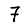
Digit: 7